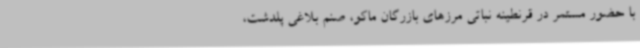
با حضور مستمر در قرنطینه نباتی مرزهای بازرگان ماکو، صنم بلاغی پلدشت،